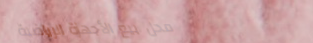
محل بيع الأجهزة الرياضية